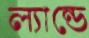
ল্যান্ডে